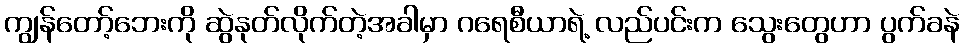
ကျွန်တော့်ဘေးကို ဆွဲနုတ်လိုက်တဲ့အခါမှာ ဂရေစီယာရဲ့ လည်ပင်းက သွေးတွေဟာ ပွက်ခနဲ